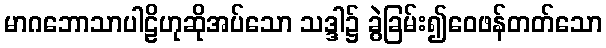
မာဂဘောသာပါဠိဟုဆိုအပ်သော သဒ္ဒါ၌ ခွဲခြမ်း၍ဝေဖန်တတ်သော